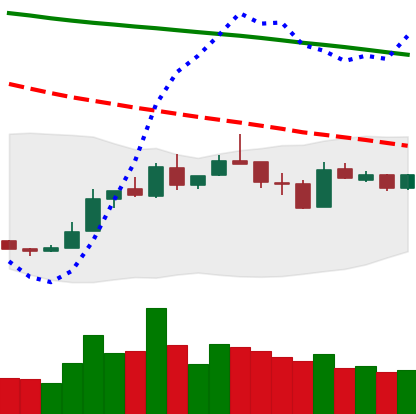
Ticker: LTC-USD
Chart end date: 2019-01-01
Forward return: 22.886%
Label: up_7plus